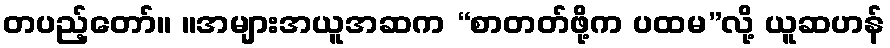
တပည့်တော်။ ။အများအယူအဆက “စာတတ်ဖို့က ပထမ”လို့ ယူဆဟန်